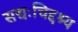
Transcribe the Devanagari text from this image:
सद्यःचिद्दश्य